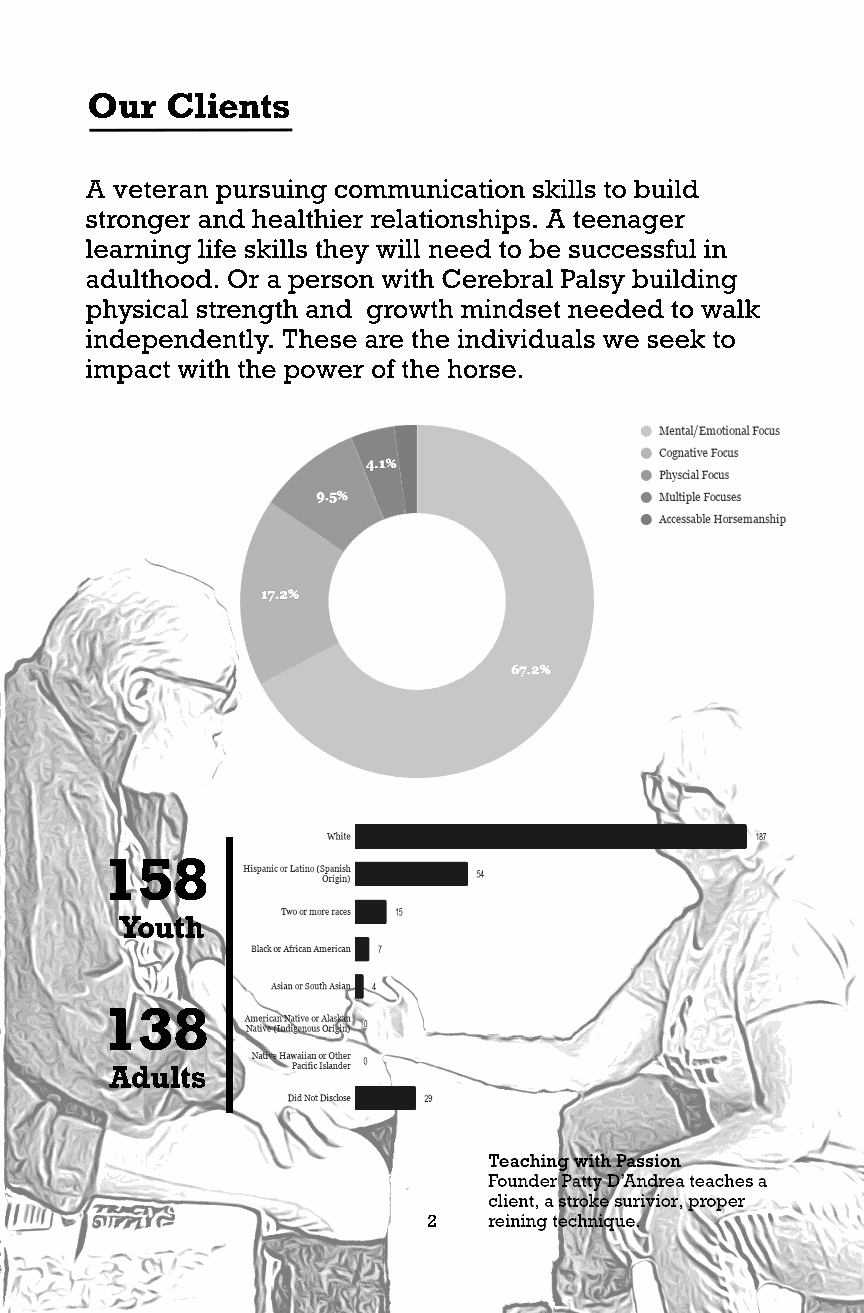
Our  Clients
 A veteran pursuing communication skills to build
 stronger and healthier relationships. A teenager
 learning life skills they will need to be successful in
 adulthood. Or a person with Cerebral Palsy building
 physical strength and growth mindset needed to walk
 independently. These are the individuals we seek to
 impact with the power of the horse.
 158
 Youth
 138
 Adults
 2